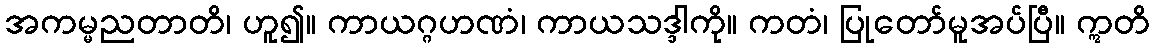
အကမ္မညတာတိ၊ ဟူ၍။ ကာယဂ္ဂဟဏံ၊ ကာယသဒ္ဒါကို။ ကတံ၊ ပြုတော်မူအပ်ပြီ။ ဣတိ